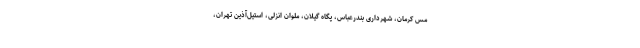
مس کرمان، شهرداری بندرعباس، پگاه گیلان، ملوان انزلی، استیل‌آذین تهران،